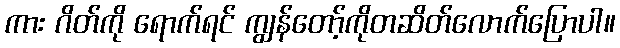
ကား ဂိတ်ကို ရောက်ရင် ကျွန်တော့်ကိုတဆိတ်လောက်ပြောပါ။